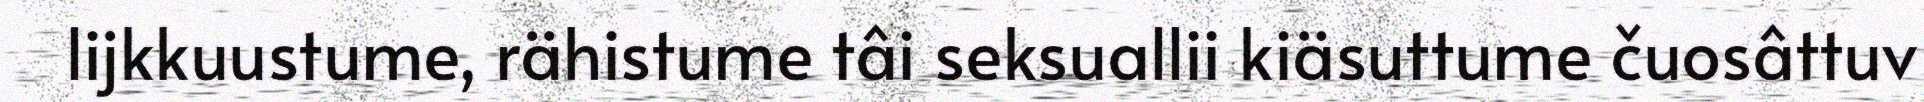
lijkkuustume, rähistume tâi seksuallii kiäsuttume čuosâttuv